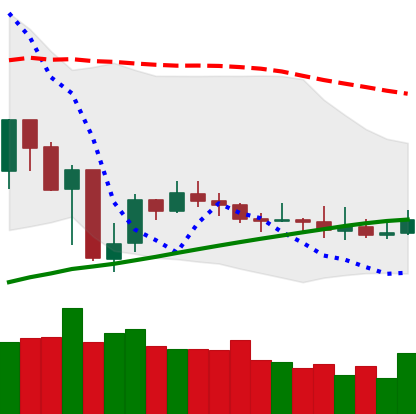
Ticker: XMR-USD
Chart end date: 2019-07-31
Forward return: 16.079%
Label: up_7plus